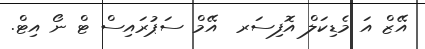
އޭޒް އަ މެޑިކަލް އޮފިސަރ  އޭމް ސަޕުރައިސް ޓް ނޯ އިޓް.